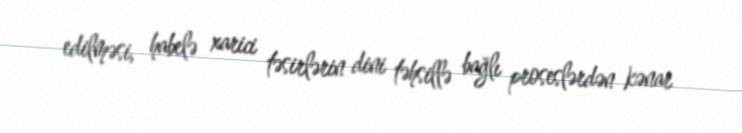
edilməsi, habelə xarici təsirlərin dini təhsillə bağlı proseslərdən kənar